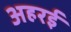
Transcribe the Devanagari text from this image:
अहरई